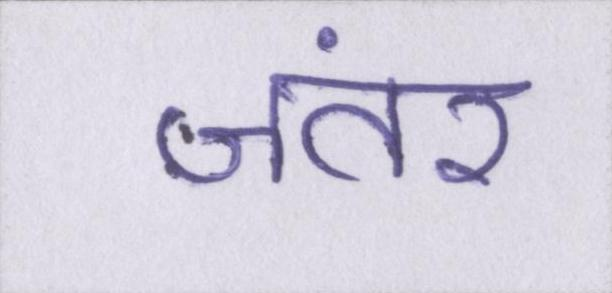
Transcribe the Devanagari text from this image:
जंतर